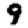
Digit: 9